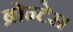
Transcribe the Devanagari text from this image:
ब्रोन्टेस